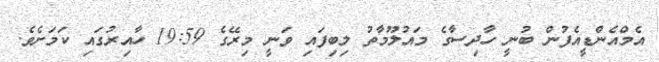
އެމްއެންޑީއެފުން ބުނީ ހާދިސާގެ މައުލޫމާތު ލިބިފައި ވަނީ މިރޭގެ 19:59 ހާއިރުގައި ކަމަށެވެ.